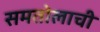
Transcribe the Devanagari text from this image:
समतोलाची